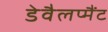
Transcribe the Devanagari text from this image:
डेवैलप्मैंट